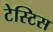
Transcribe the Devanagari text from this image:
टेस्टिस